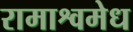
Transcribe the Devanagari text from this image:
रामाश्वमेध